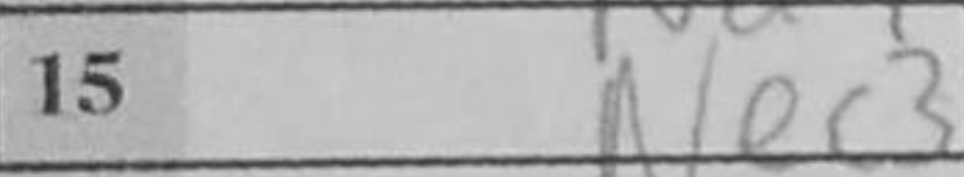
Transcription: Nec3